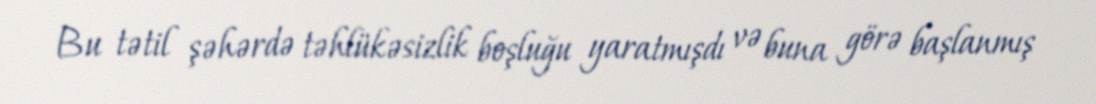
Bu tətil şəhərdə təhlükəsizlik boşluğu yaratmışdı və buna görə başlanmış